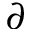
\partial